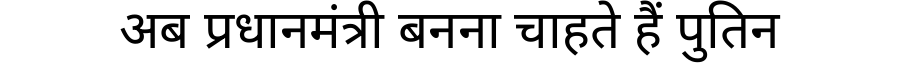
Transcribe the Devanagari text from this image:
अब प्रधानमंत्री बनना चाहते हैं पुतिन